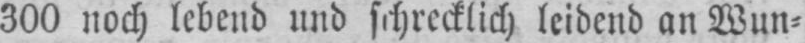
300 noch lebend und schrecklich leidend an Wun⸗